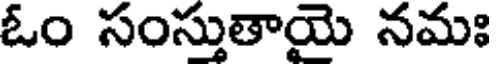
ఓం సంస్తుతాయై నమః